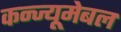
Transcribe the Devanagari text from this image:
कन्ज्यूमेबल